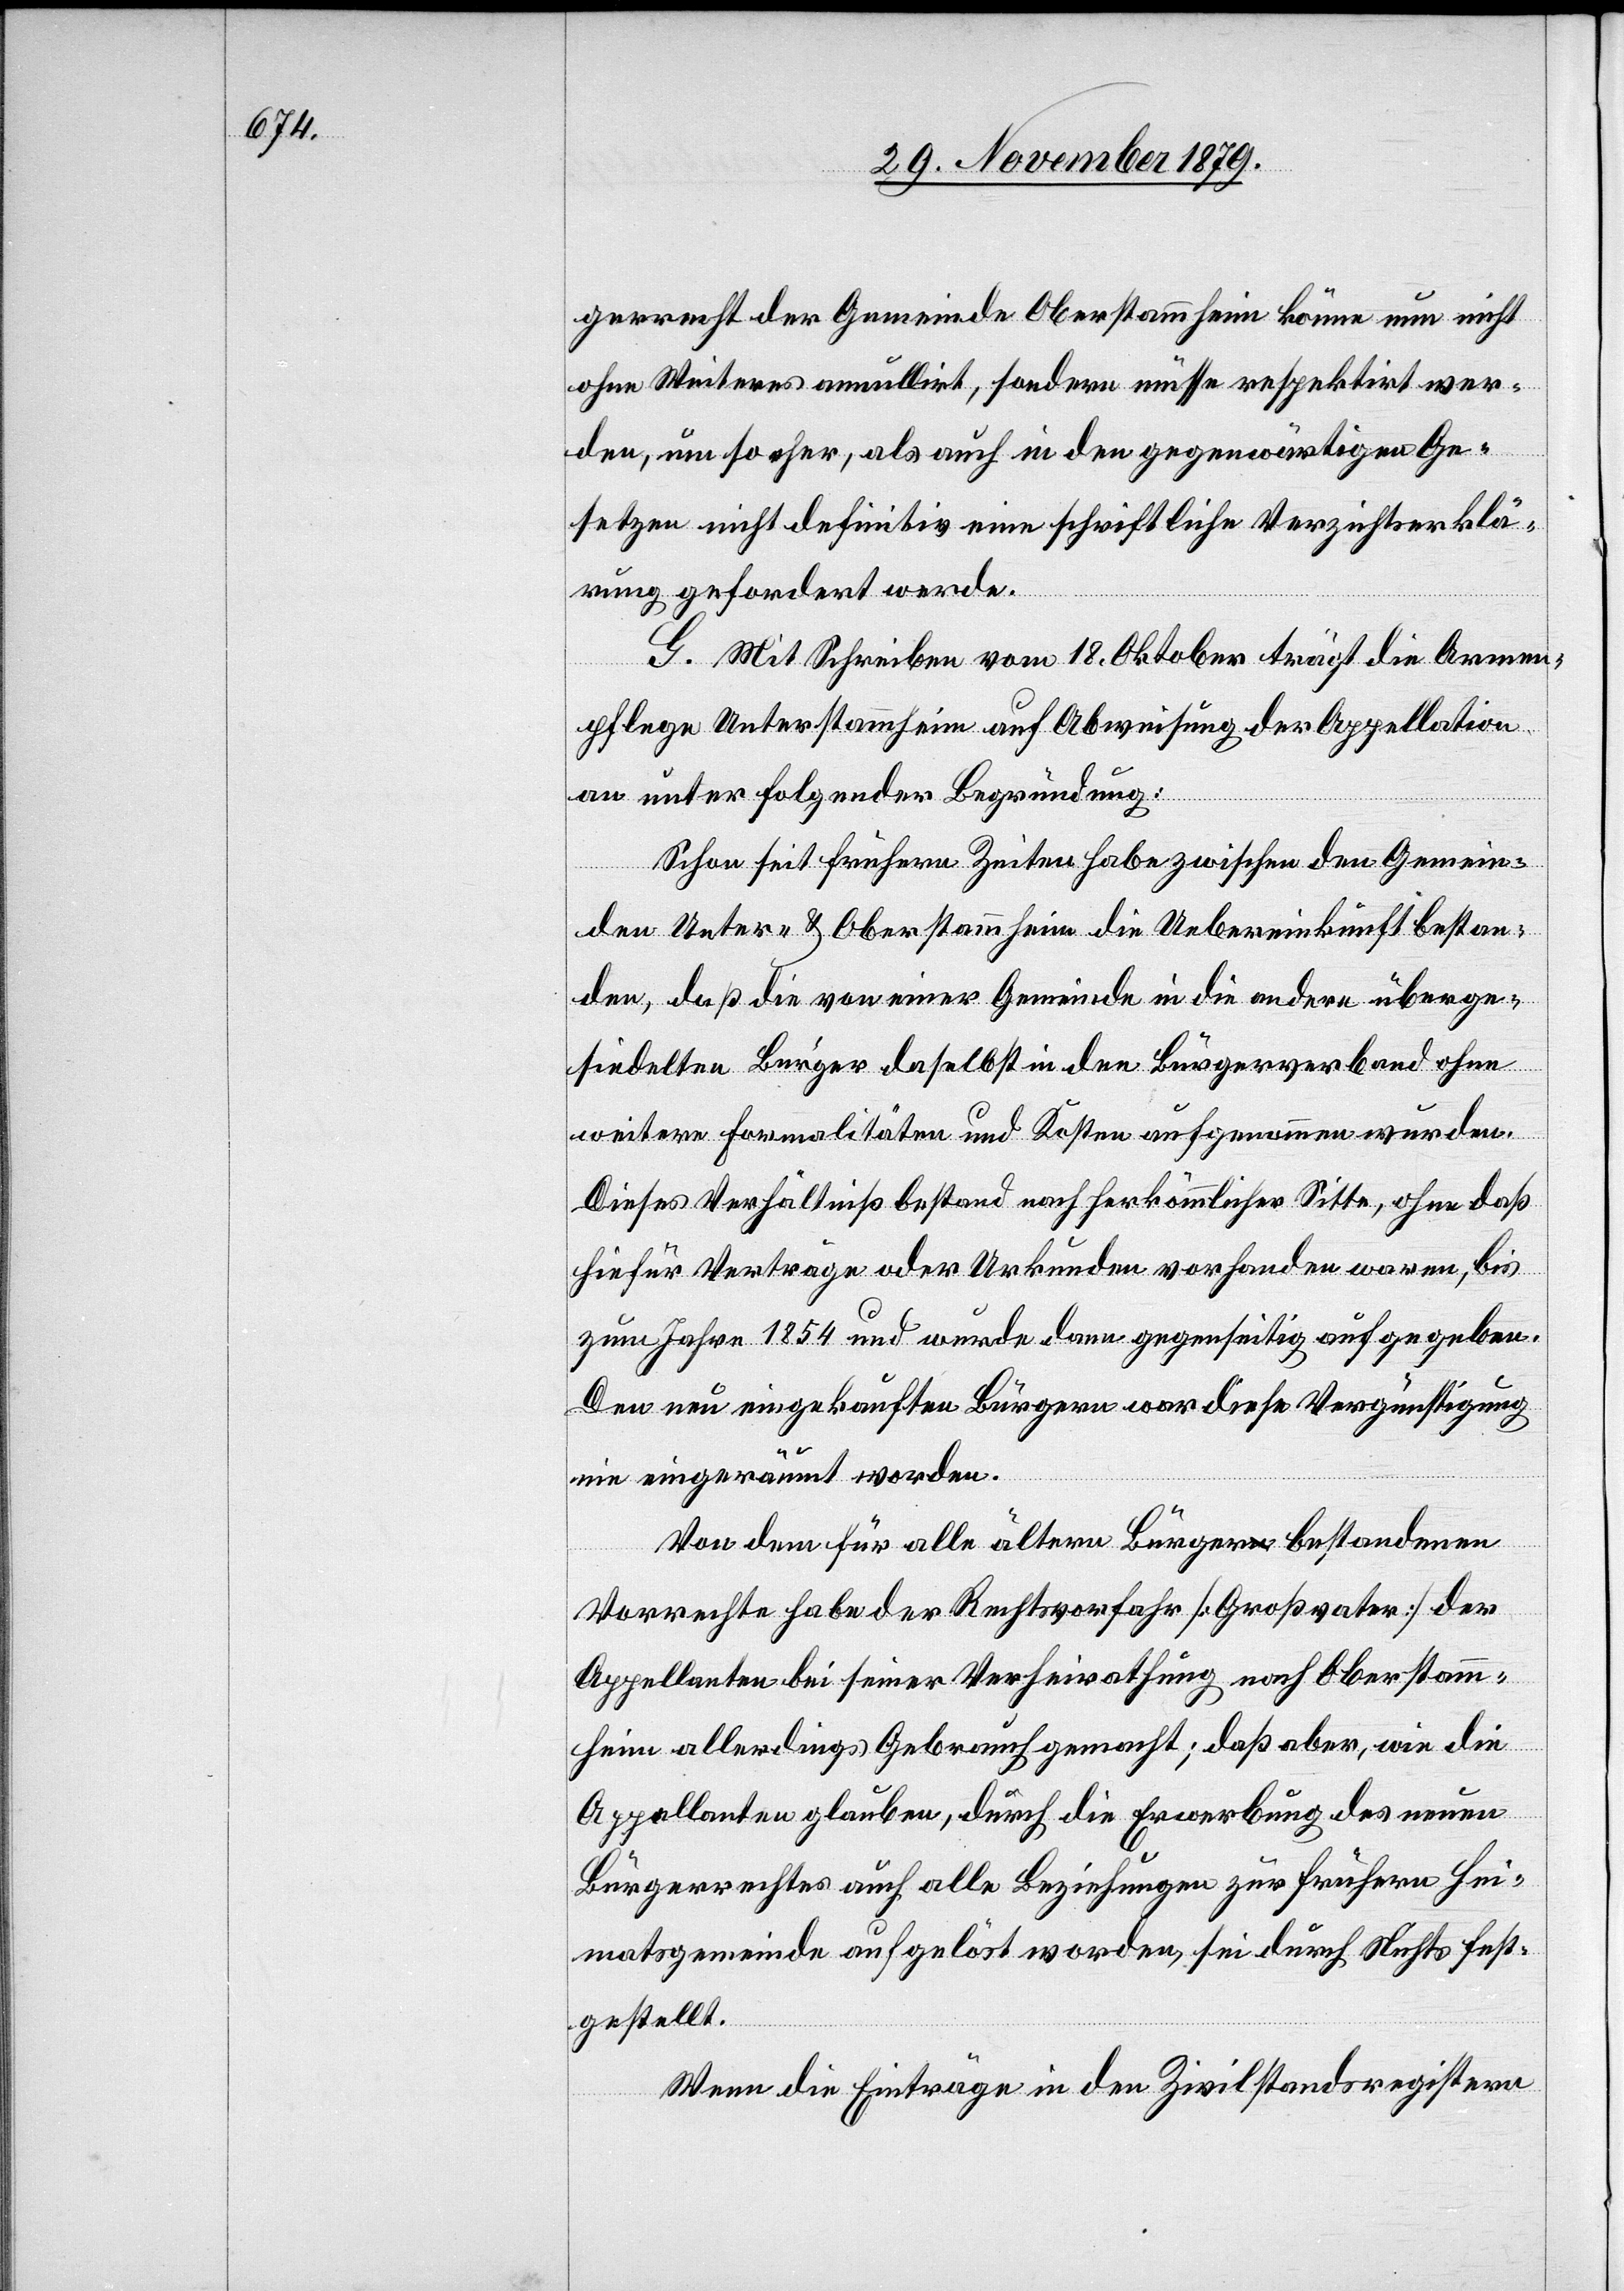
gerrecht der Gemeinde Oberstammheim könne nun nicht
ohne Weiteres annullirt, sondern müsse respektirt wer¬
den, um so eher, als auch in den gegenwärtigen Ge¬
setzen nicht definitiv eine schriftliche Verzichtserklä¬
rung gefordert werde.
G. Mit Schreiben vom 18. Oktober trägt die Armen¬
pflege Unterstammheim auf Abweisung der Appellation
an unter folgender Begründung:
Schon seit frühern Zeiten habe zwischen den Gemein¬
den Unter- & Oberstammheim die Uebereinkunft bestan¬
den, daß die von einer Gemeinde in die andere überge¬
siedelten Bürger daselbst in den Bürgerverband ohne
weitere Formalitäten und Kosten aufgenommen wurden.
Dieses Verhältniß bestand nach herkömmlicher Sitte, ohne daß
hiefür Verträge oder Urkunden vorhanden waren, bis
zum Jahre 1854 und wurde dann gegenseitig aufgegeben.
Den neu eingekauften Bürgern war diese Vergünstigung
nie eingeräumt worden.
Von dem für alle ältern Bürger bestandenen
Vorrechte habe der Rechtsvorfahr [Großvater] der
Appellanten bei seiner Verheirathung nach Oberstamm¬
heim allerdings Gebrauch gemacht; daß aber, wie die
Appellanten glauben, durch die Erwerbung des neuen
Bürgerrechtes auch alle Beziehungen zur frühern Hei¬
matgemeinde aufgelöst worden, sei durch Nichts fest¬
gestellt.
Wenn die Einträge in den Zivilstandsregistern